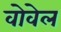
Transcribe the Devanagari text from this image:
वोवेल